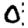
Digit: 0